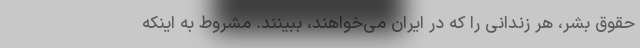
حقوق بشر، هر زندانی را که در ایران می‌خواهند، ببینند. مشروط به اینکه